Leaving Certificate Examination, 1925
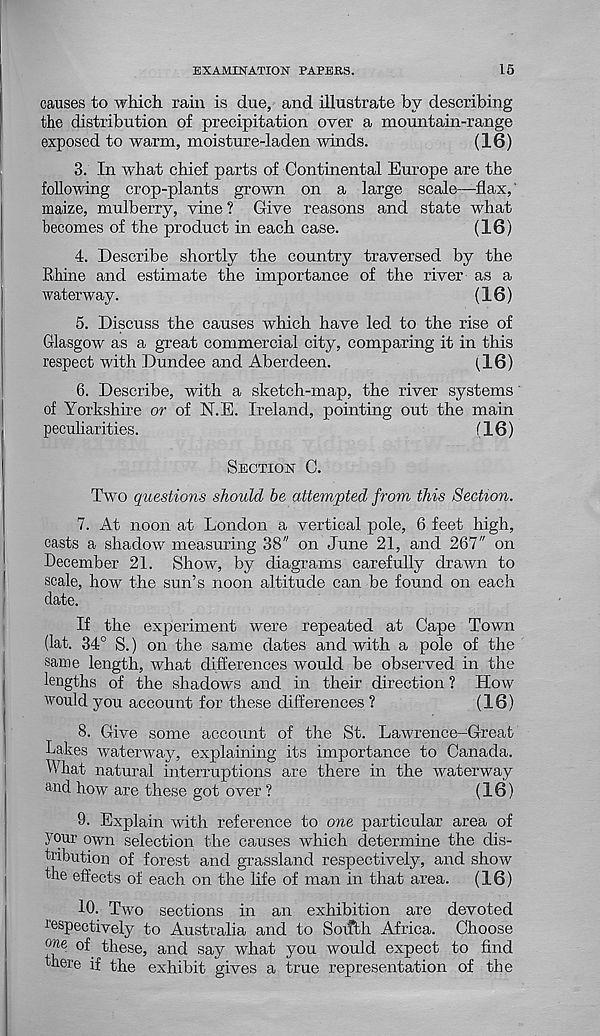
EXAMINATION PAPERS.
15
causes to which rain is due, and illustrate by describing
the distribution of precipitation over a mountain-range
exposed to warm, moisture-laden winds.
(16)
3. In what chief parts of Continental Europe are the
following crop-plants grown on a large scale—flax,'
maize, mulberry, vine ? Give reasons and state what
becomes of the product in each case.
(16)
4. Describe shortly the country traversed by the
Rhine and estimate the importance of the river as a
waterway.
(16)
5. Discuss the causes which have led to the rise of
Glasgow as a great commercial city, comparing it in this
respect with Dundee and Aberdeen.
(16)
6. Describe, with a sketch-map, the river systems
of Yorkshire or of N.E. Ireland, pointing out the main
peculiarities.
(16)
SECTION C.
Two questions should he attempted from this Section.
7. At noon at London a vertical pole, 6 feet high,
casts a shadow measuring 38" on June 21, and 267" on
December 21. Show, by diagrams carefully drawn to
scale, how the sun’s noon altitude can be found on each
date.
If the experiment were repeated at Cape Town
(lat. 34° S.) on the same dates and with a pole of the
same length, what differences would be observed in the
lengths of the shadows and in their direction ? How
would you account for these differences ?
(16)
8. Give some account of the St. Lawrence-Great
Lakes waterway, explaining its importance to Canada.
What natural interruptions are there in the waterway
and how are these got over ?
(16)
9. Explain with reference to one particular area of
your own selection the causes which determine the dis-
tribution of forest and grassland respectively, and show
the effects of each on the life of man in that area. (16)
10. Two sections in an exhibition are devoted
respectively to Australia and to Sotffch Africa. Choose
( >ne of these, and say what you would expect to find
there if the exhibit gives a true representation of the